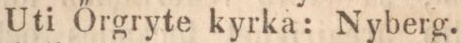
Uti Őrgryte kyrka: Nyberg.